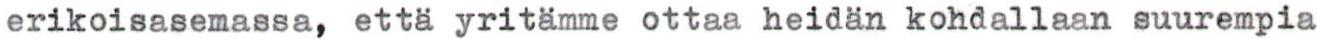
erikoisasemassa, että yritämme ottaa heidän kohdallaan suurempia